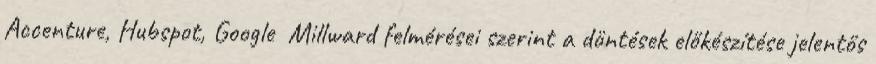
Accenture, Hubspot, Google Millward felmérései szerint a döntések előkészítése jelentős